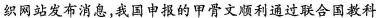
织网站发布消息，我国申报的甲骨文顺利通过联合国教科